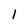
Character: I